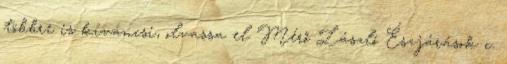
többre is kíváncsi, olvassa el Mérő László Észjárások c.